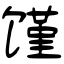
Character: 馑